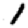
Digit: 1